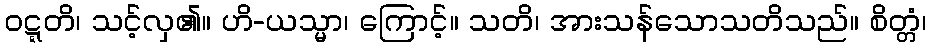
ဝဋ္ဋတိ၊ သင့်လှ၏။ ဟိ-ယသ္မာ၊ ကြောင့်။ သတိ၊ အားသန်သောသတိသည်။ စိတ္တံ၊